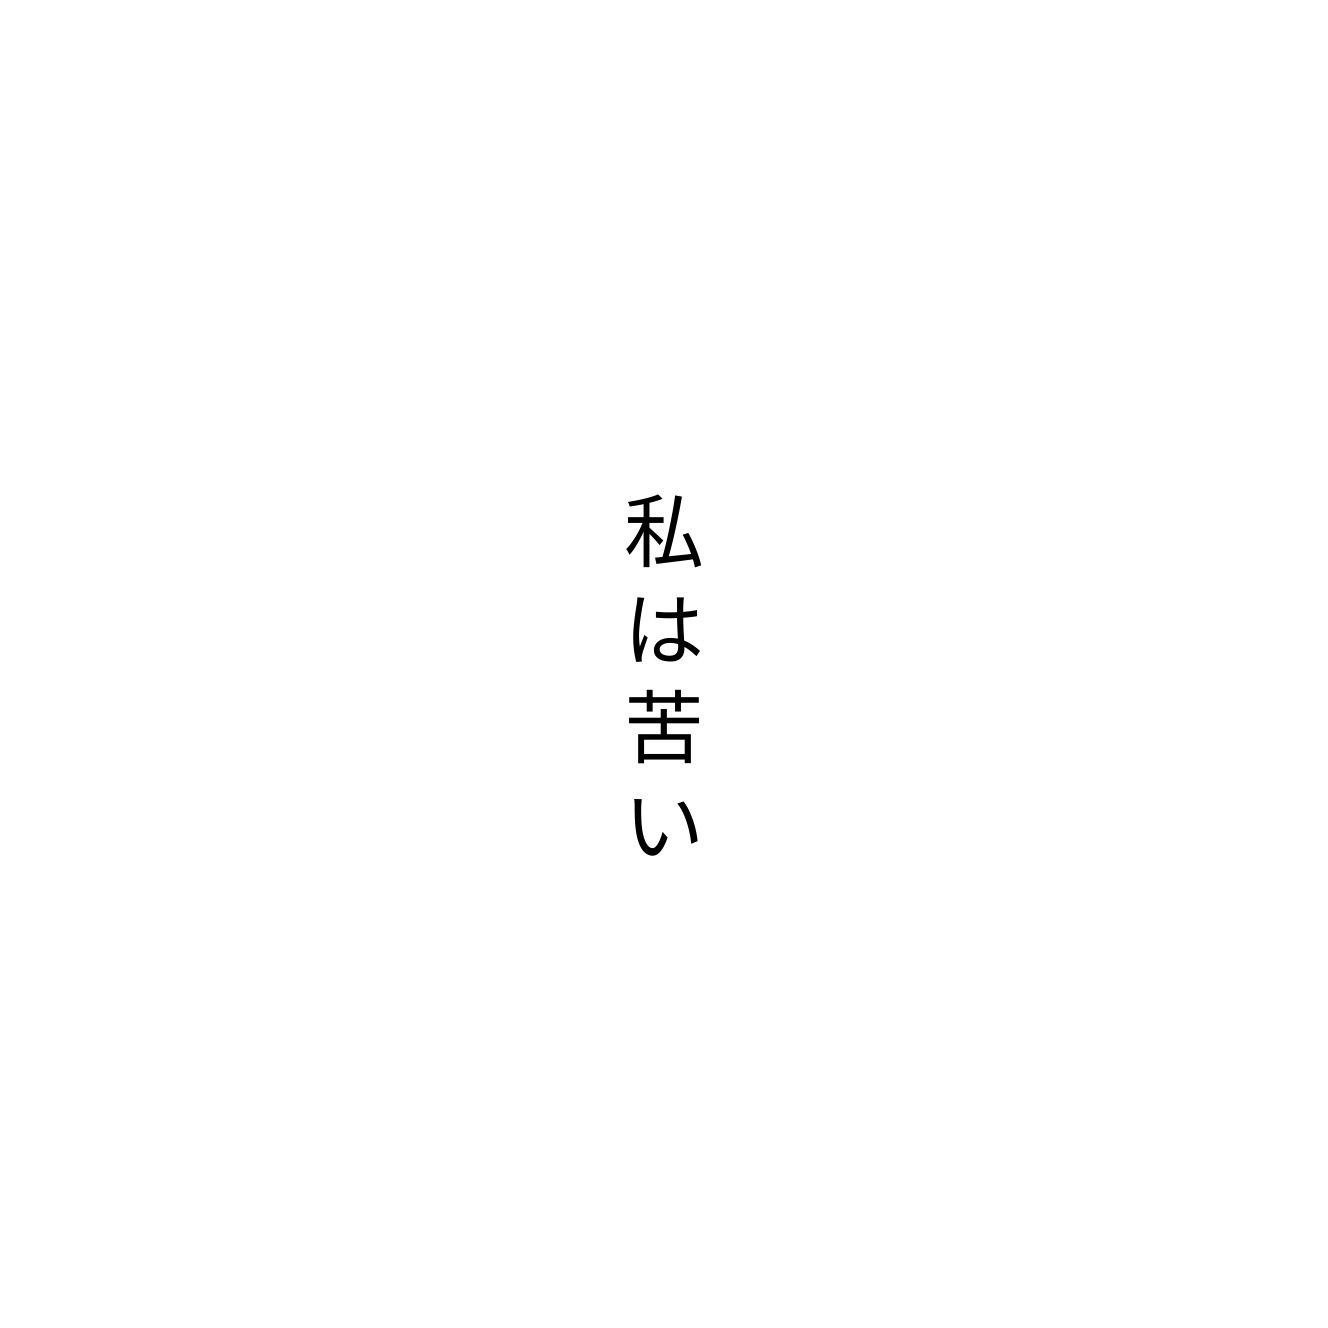
私は苦い